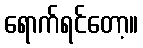
ရောက်ရင်တော့။